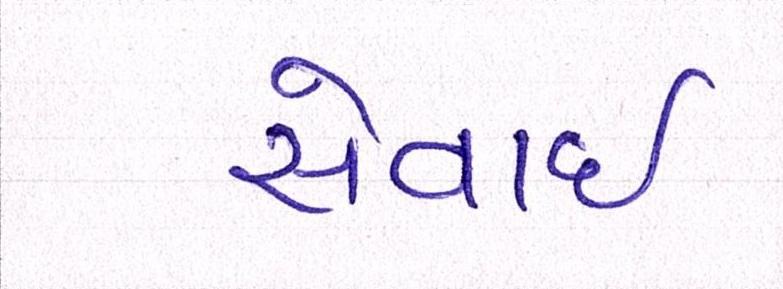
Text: સેવાઇ